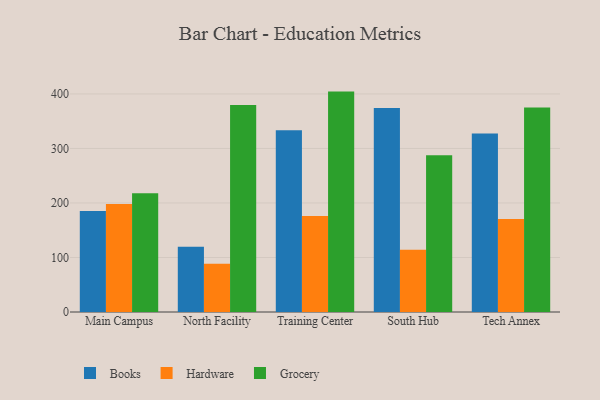
{"axis": {"x": "Campus", "y": "Waste Production (Tons)"}, "legend": ["Books", "Grocery", "Hardware"], "data": [{"x": "Main Campus", "y": 185.3, "type": "Books"}, {"x": "Main Campus", "y": 198.1, "type": "Hardware"}, {"x": "Main Campus", "y": 218.0, "type": "Grocery"}, {"x": "North Facility", "y": 119.5, "type": "Books"}, {"x": "North Facility", "y": 88.4, "type": "Hardware"}, {"x": "North Facility", "y": 379.6, "type": "Grocery"}, {"x": "Training Center", "y": 333.3, "type": "Books"}, {"x": "Training Center", "y": 176.0, "type": "Hardware"}, {"x": "Training Center", "y": 404.3, "type": "Grocery"}, {"x": "South Hub", "y": 374.1, "type": "Books"}, {"x": "South Hub", "y": 114.2, "type": "Hardware"}, {"x": "South Hub", "y": 287.4, "type": "Grocery"}, {"x": "Tech Annex", "y": 327.5, "type": "Books"}, {"x": "Tech Annex", "y": 170.5, "type": "Hardware"}, {"x": "Tech Annex", "y": 375.0, "type": "Grocery"}]}